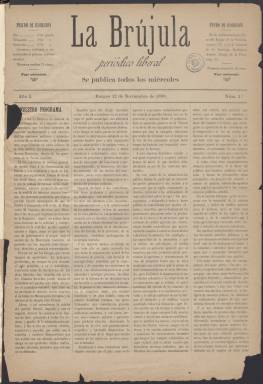
Título: La Brújula (Burgos)
Colección: Periódicos
Ámbito geográfico: Burgos
Lugar de publicación: Burgos
Fechas: 12/11/1890-27/06/1891

Periódico de vida efímera que comenzó en noviembre de 1890 publicándose semanalmente y acabó saliendo dos veces por semana hasta su desaparición en junio de 1891. Llevaba el subtítulo de periódico liberal y competía en la provincia con otros periódicos del mismo signo político y con la prensa conservadora y carlista, dada la influencia que tenía en Burgos el estamento militar y religioso.

  En su primer número la Brújula dejaba explícito su programa de apoyo al partido liberal de Sagasta, quien se alternaba en el Gobierno de la nación con el líder del partido conservador, Cánovas del Castillo. En el momento de editarse este periódico Sagasta estaba en la oposición, aunque volvería pronto a la presidencia del Consejo de Ministros. Bajo su mandato se había aprobado en junio de 1890 la ley del sufragio universal masculino.

En su programa el periódico dejaba claro también su apoyo a la Monarquía, algo que había empezado a ser cuestionado por la pujanza de los partidos republicanos y su prensa. A finales del siglo XIX en Burgos, con una sociedad predominantemente conservadora, había ya varios periódicos de este signo político.

   Se trata de un periódico de cuatro páginas de claro contenido político en el que los artículos de fondo ideológicos destacan sobre la información propiamente dicha, aunque no falta la crónica local y noticias de asuntos varios, junto con un boletín religioso y una sección de Ecos de la prensa en la que se analiza lo publicado por otros medios de la ciudad. También, aunque en pequeña proporción puede verse en sus números noticias de alcance nacional e internacional. En los últimos números la Brújula llegó a publicar igualmente un folletín.

Como era habitual en estos periódicos de partido, la última página estaba reservada a la publicidad, con la que se conseguía una financiación que permitía tener a flote la publicación. No obstante, la competencia era grande porque había otros periódicos del mismo signo político.

    El último número de La Brújula es el 57, correspondiente al 27 de junio de 1891. El periódico anunció su suspensión por ‘razones particulares’, sin dar más detalles. Decía también que esperaba que la suspensión fuera breve, pero lo cierto es que no volvió a aparecer más.

[Descripción publicada el 7/09/2023]